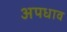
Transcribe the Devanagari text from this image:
अपधाव